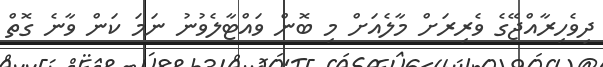
ދިވެހިރާއްޖޭގެ ވެރިރަށް މާލެއަށް މި ބޮން ވައްޓާލެވުނު ނަމަ ކަން ވާނެ ގޮތް